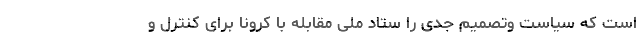
است که سیاست وتصمیم جدی را ستاد ملی مقابله با کرونا برای کنترل و